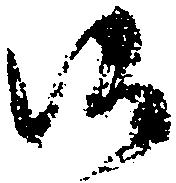
候